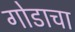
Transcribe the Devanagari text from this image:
गोडाचा